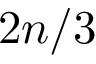
2 n / 3